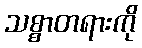
သစ္စာတရားကို